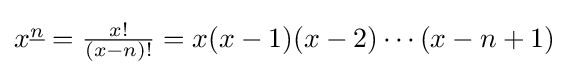
{\textstyle x^{\underline {n}}={\frac {x!}{(x-n)!}}=x(x-1)(x-2)\cdots (x-n+1)}